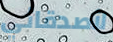
لأصدقائي